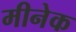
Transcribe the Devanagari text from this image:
मीनेक